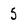
Character: 5